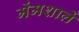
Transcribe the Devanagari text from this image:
मेंमशालें